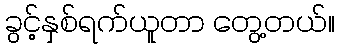
ခွင့်နှစ်ရက်ယူတာ တွေ့တယ်။